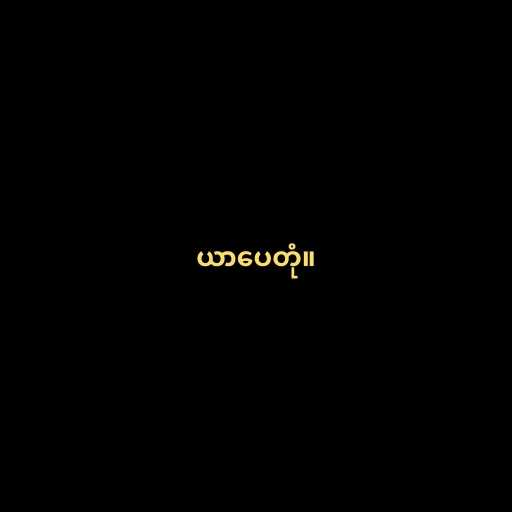
ယာပေတုံ။